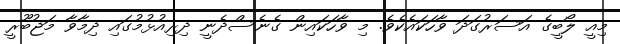
މިއީ ލޯބީގެ އަސަރުގަދަ ވާހަކައެކެވެ. މި ވާހަކައިން ގެނެސްދެނީ ދިރިއުޅުމުގައި ދިމާވާ މަޖުބޫރީ